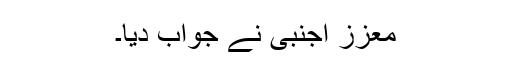
معزز اجنبی نے جواب دیا۔